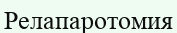
Релапаротомия